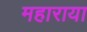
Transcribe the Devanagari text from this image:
महाराया